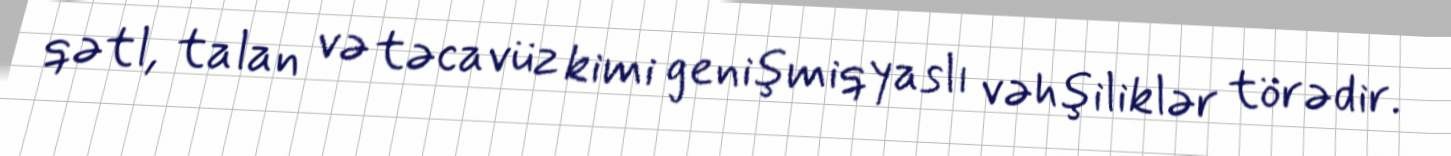
qətl, talan və təcavüz kimi genişmiqyaslı vəhşiliklər törədir.